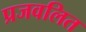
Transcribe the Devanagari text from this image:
प्रजवलित